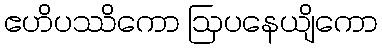
ဧဟိပဿိကော ဩပနေယျိကော